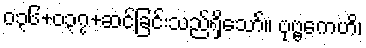
၀၃၆+၀၃၇+ဆင်ခြင်းသည်ရှိသော်။ ဗုဗ္ဗကေဟိ၊